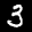
Label: 3